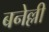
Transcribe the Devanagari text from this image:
बनेल्ली